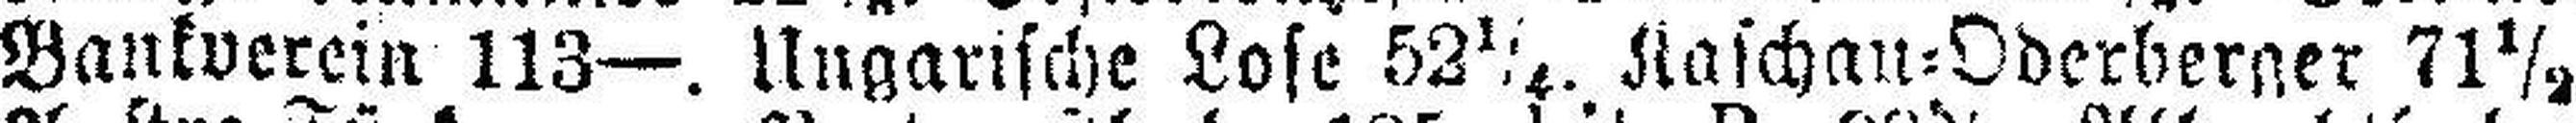
Bankverein 113—. Ungarische Lose 52¼. Kaschan=Oderberger 71½.